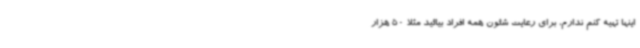
اینها تهیه کنم ندارم، برای رعایت شئون همه افراد بیائید مثلاً 50 هزار